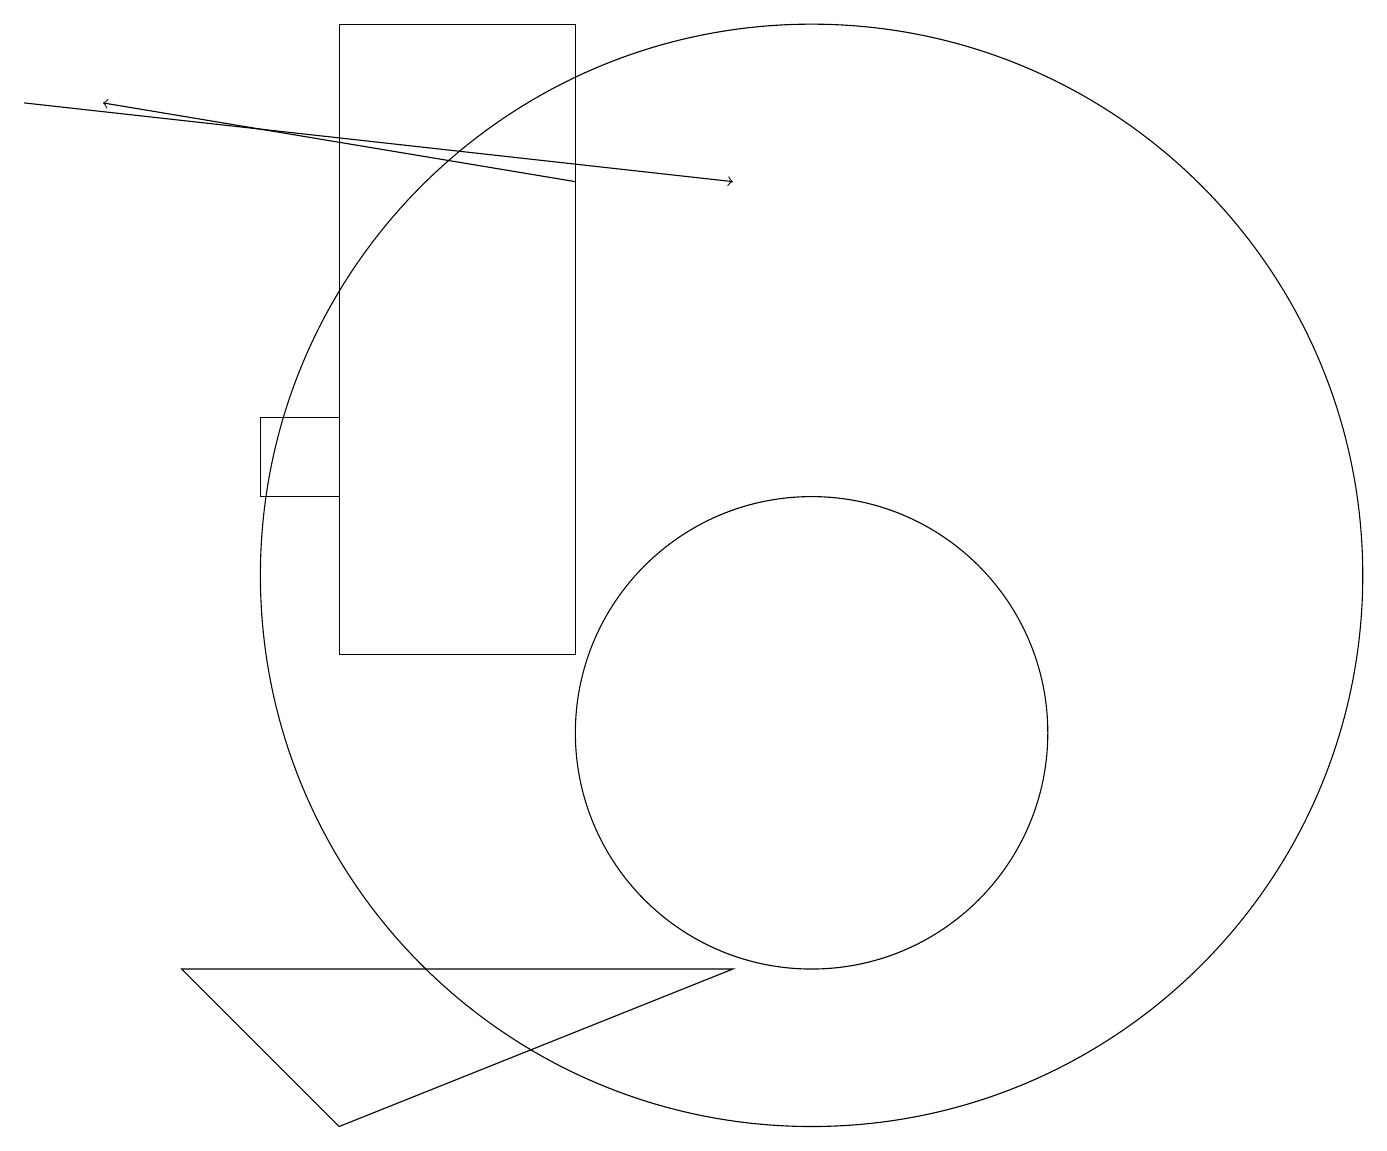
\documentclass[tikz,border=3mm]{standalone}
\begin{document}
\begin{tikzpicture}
\draw (2,7) -- (4,5) -- (9,7) -- cycle;
\draw[->] (0,18) -- (9,17);
\draw[->] (7,17) -- (1,18);
\draw (10,10) circle (3);
\draw (7,19) rectangle (4,11);
\draw (3,13) rectangle (4,14);
\draw (10,12) circle (7);
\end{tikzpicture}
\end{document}